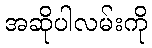
အဆိုပါလမ်းကို